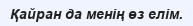
Қайран да менің өз елім.